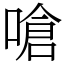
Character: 嗆